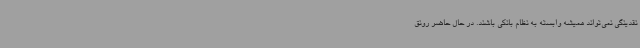
نقدینگی نمی‌تواند همیشه وابسته به نظام بانکی باشند. در حال حاضر رونق